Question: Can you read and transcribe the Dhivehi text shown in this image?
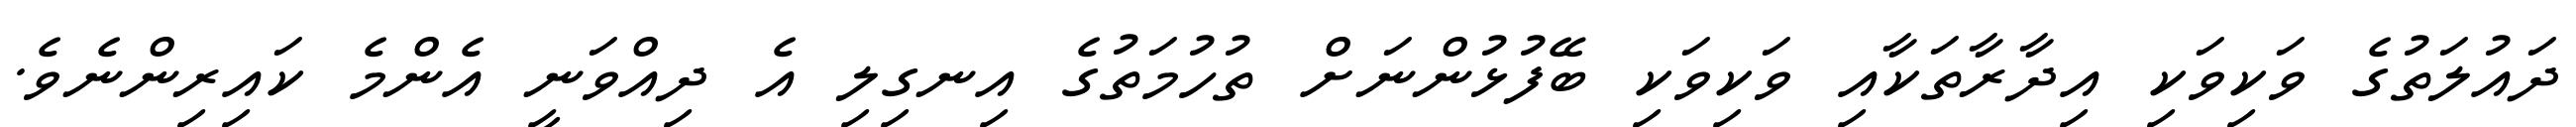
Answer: ދައުލަތުގެ ވަކިވަކި އިދާރާތަކާއި ވަކިވަކި ބޭފުޅުންނަށް ތުހުމަތުގެ އިނގިލި އެ ދިއްވަނީ އެންމެ ކައިރިންނެވެ.